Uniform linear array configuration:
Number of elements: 8
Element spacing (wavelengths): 1
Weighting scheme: cosine
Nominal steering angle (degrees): -60
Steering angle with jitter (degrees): -59.281
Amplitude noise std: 0.05
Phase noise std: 0.05

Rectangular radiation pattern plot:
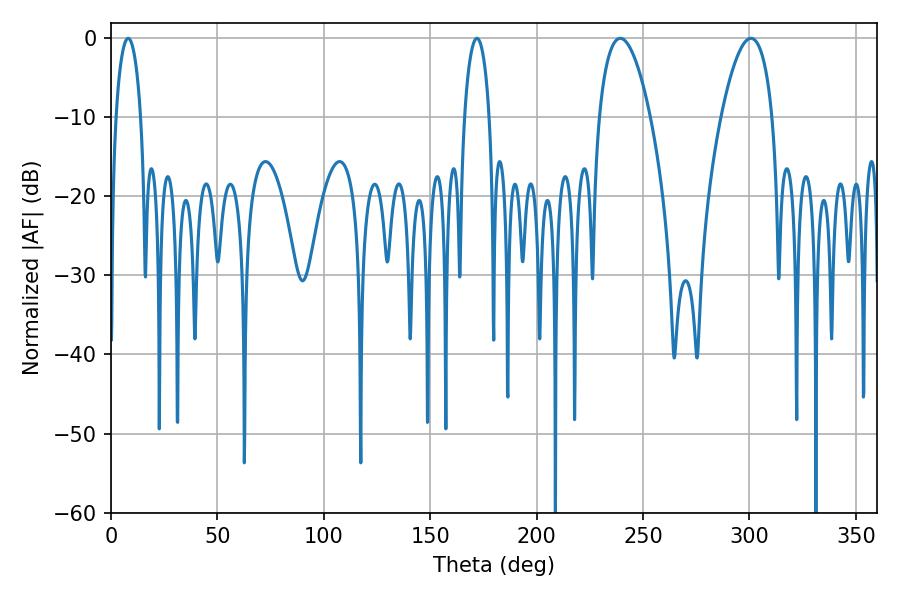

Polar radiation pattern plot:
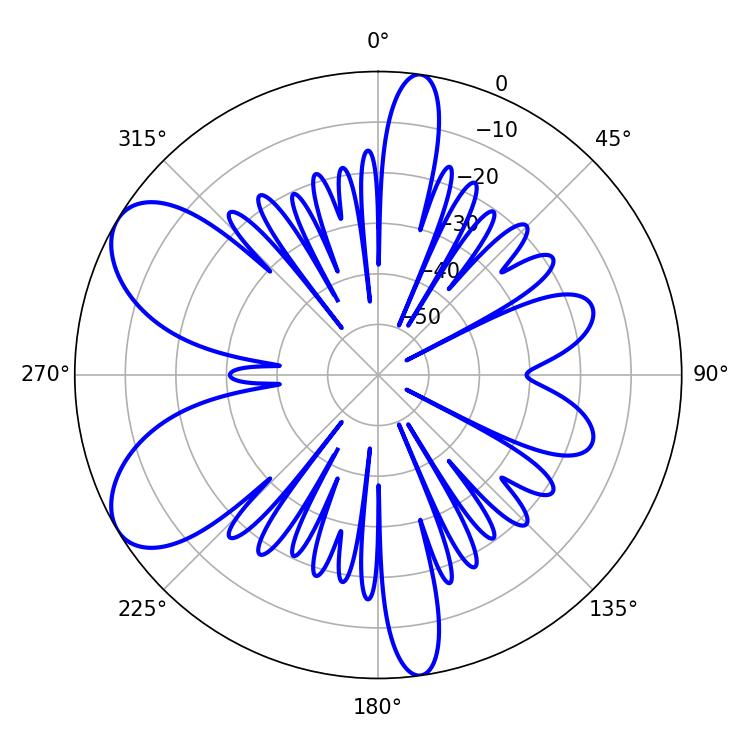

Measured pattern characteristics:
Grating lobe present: TRUE
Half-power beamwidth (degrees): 13.32
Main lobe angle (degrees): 239.22